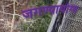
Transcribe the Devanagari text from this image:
जगण्यायोग्य